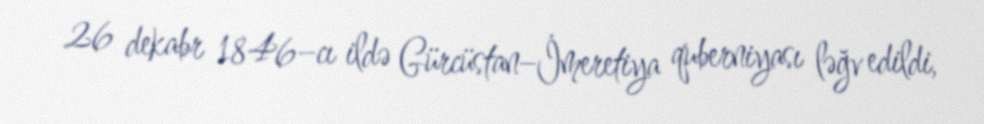
26 dekabr 1846–cı ildə Gürcüstan–İmeretiya quberniyası ləğv edildi,